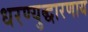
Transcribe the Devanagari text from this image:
धरण्युद्धारणाय